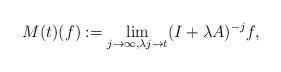
LaTeX: \begin{align*}M(t)(f):=\lim_{j\rightarrow \infty, \lambda j\rightarrow t}(I+\lambda A)^{-j}f,\end{align*}